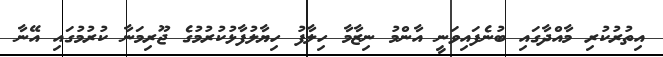
އިތުރުކުރި މާއްދާގައި ބުނެފައިވަނީ އާންމު ނިޒާމާ ހިލާފު ހިޔާލުފާޅުކުރުމުގެ ޖޫރިމަނާ ކުރުމުގައި އޭނާ